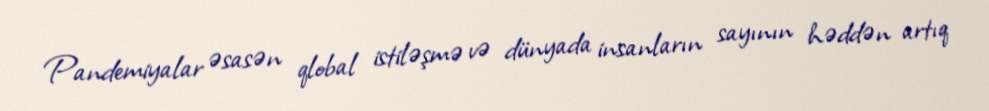
Pandemiyalar əsasən qlobal istiləşmə və dünyada insanların sayının həddən artıq